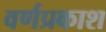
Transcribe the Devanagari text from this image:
वर्णप्रकाश